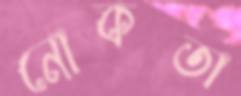
নোকতা